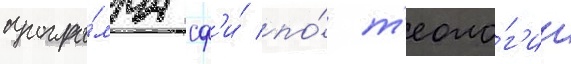
програ́мма сф'и́ по́ т'еоло́г'ии